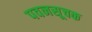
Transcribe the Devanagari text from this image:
पवनसूचक